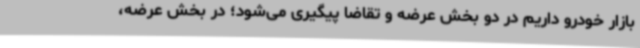
بازار خودرو داریم در دو بخش عرضه و تقاضا پیگیری می‌شود؛ در بخش عرضه،